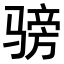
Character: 𬴅